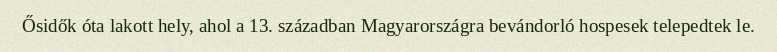
Ősidők óta lakott hely, ahol a 13. században Magyarországra bevándorló hospesek telepedtek le.